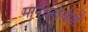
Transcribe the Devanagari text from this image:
मानधनाचीही